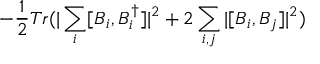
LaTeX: - \frac { 1 } { 2 } T r ( | \sum _ { i } [ B _ { i } , B _ { i } ^ { \dagger } ] | ^ { 2 } + 2 \sum _ { i , j } | [ B _ { i } , B _ { j } ] | ^ { 2 } )